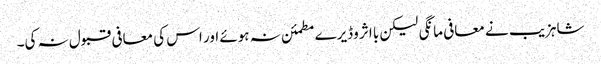
شاہزیب نے معافی مانگی لیکن با اثر وڈیرے مطمئن نہ ہوئے اور اس کی معافی قبول نہ کی۔